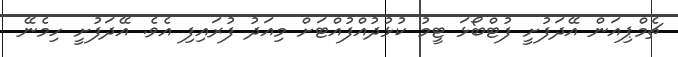
ޗެމްޕިއަން އޭދަފުށީ ފުޓްބޯޅަ ޓީމު ކުޅުދުއްފުއްޓަށް މިއަދު ފުރައިފި އެވެ. އޭދަފުށީ ހިމެނޭ